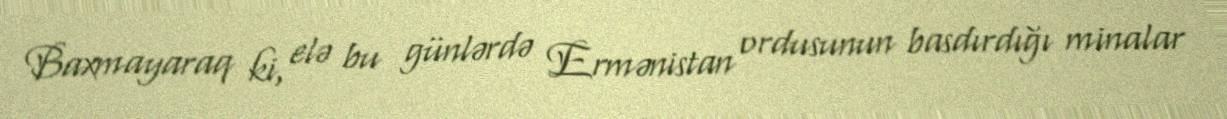
Baxmayaraq ki, elə bu günlərdə Ermənistan ordusunun basdırdığı minalar